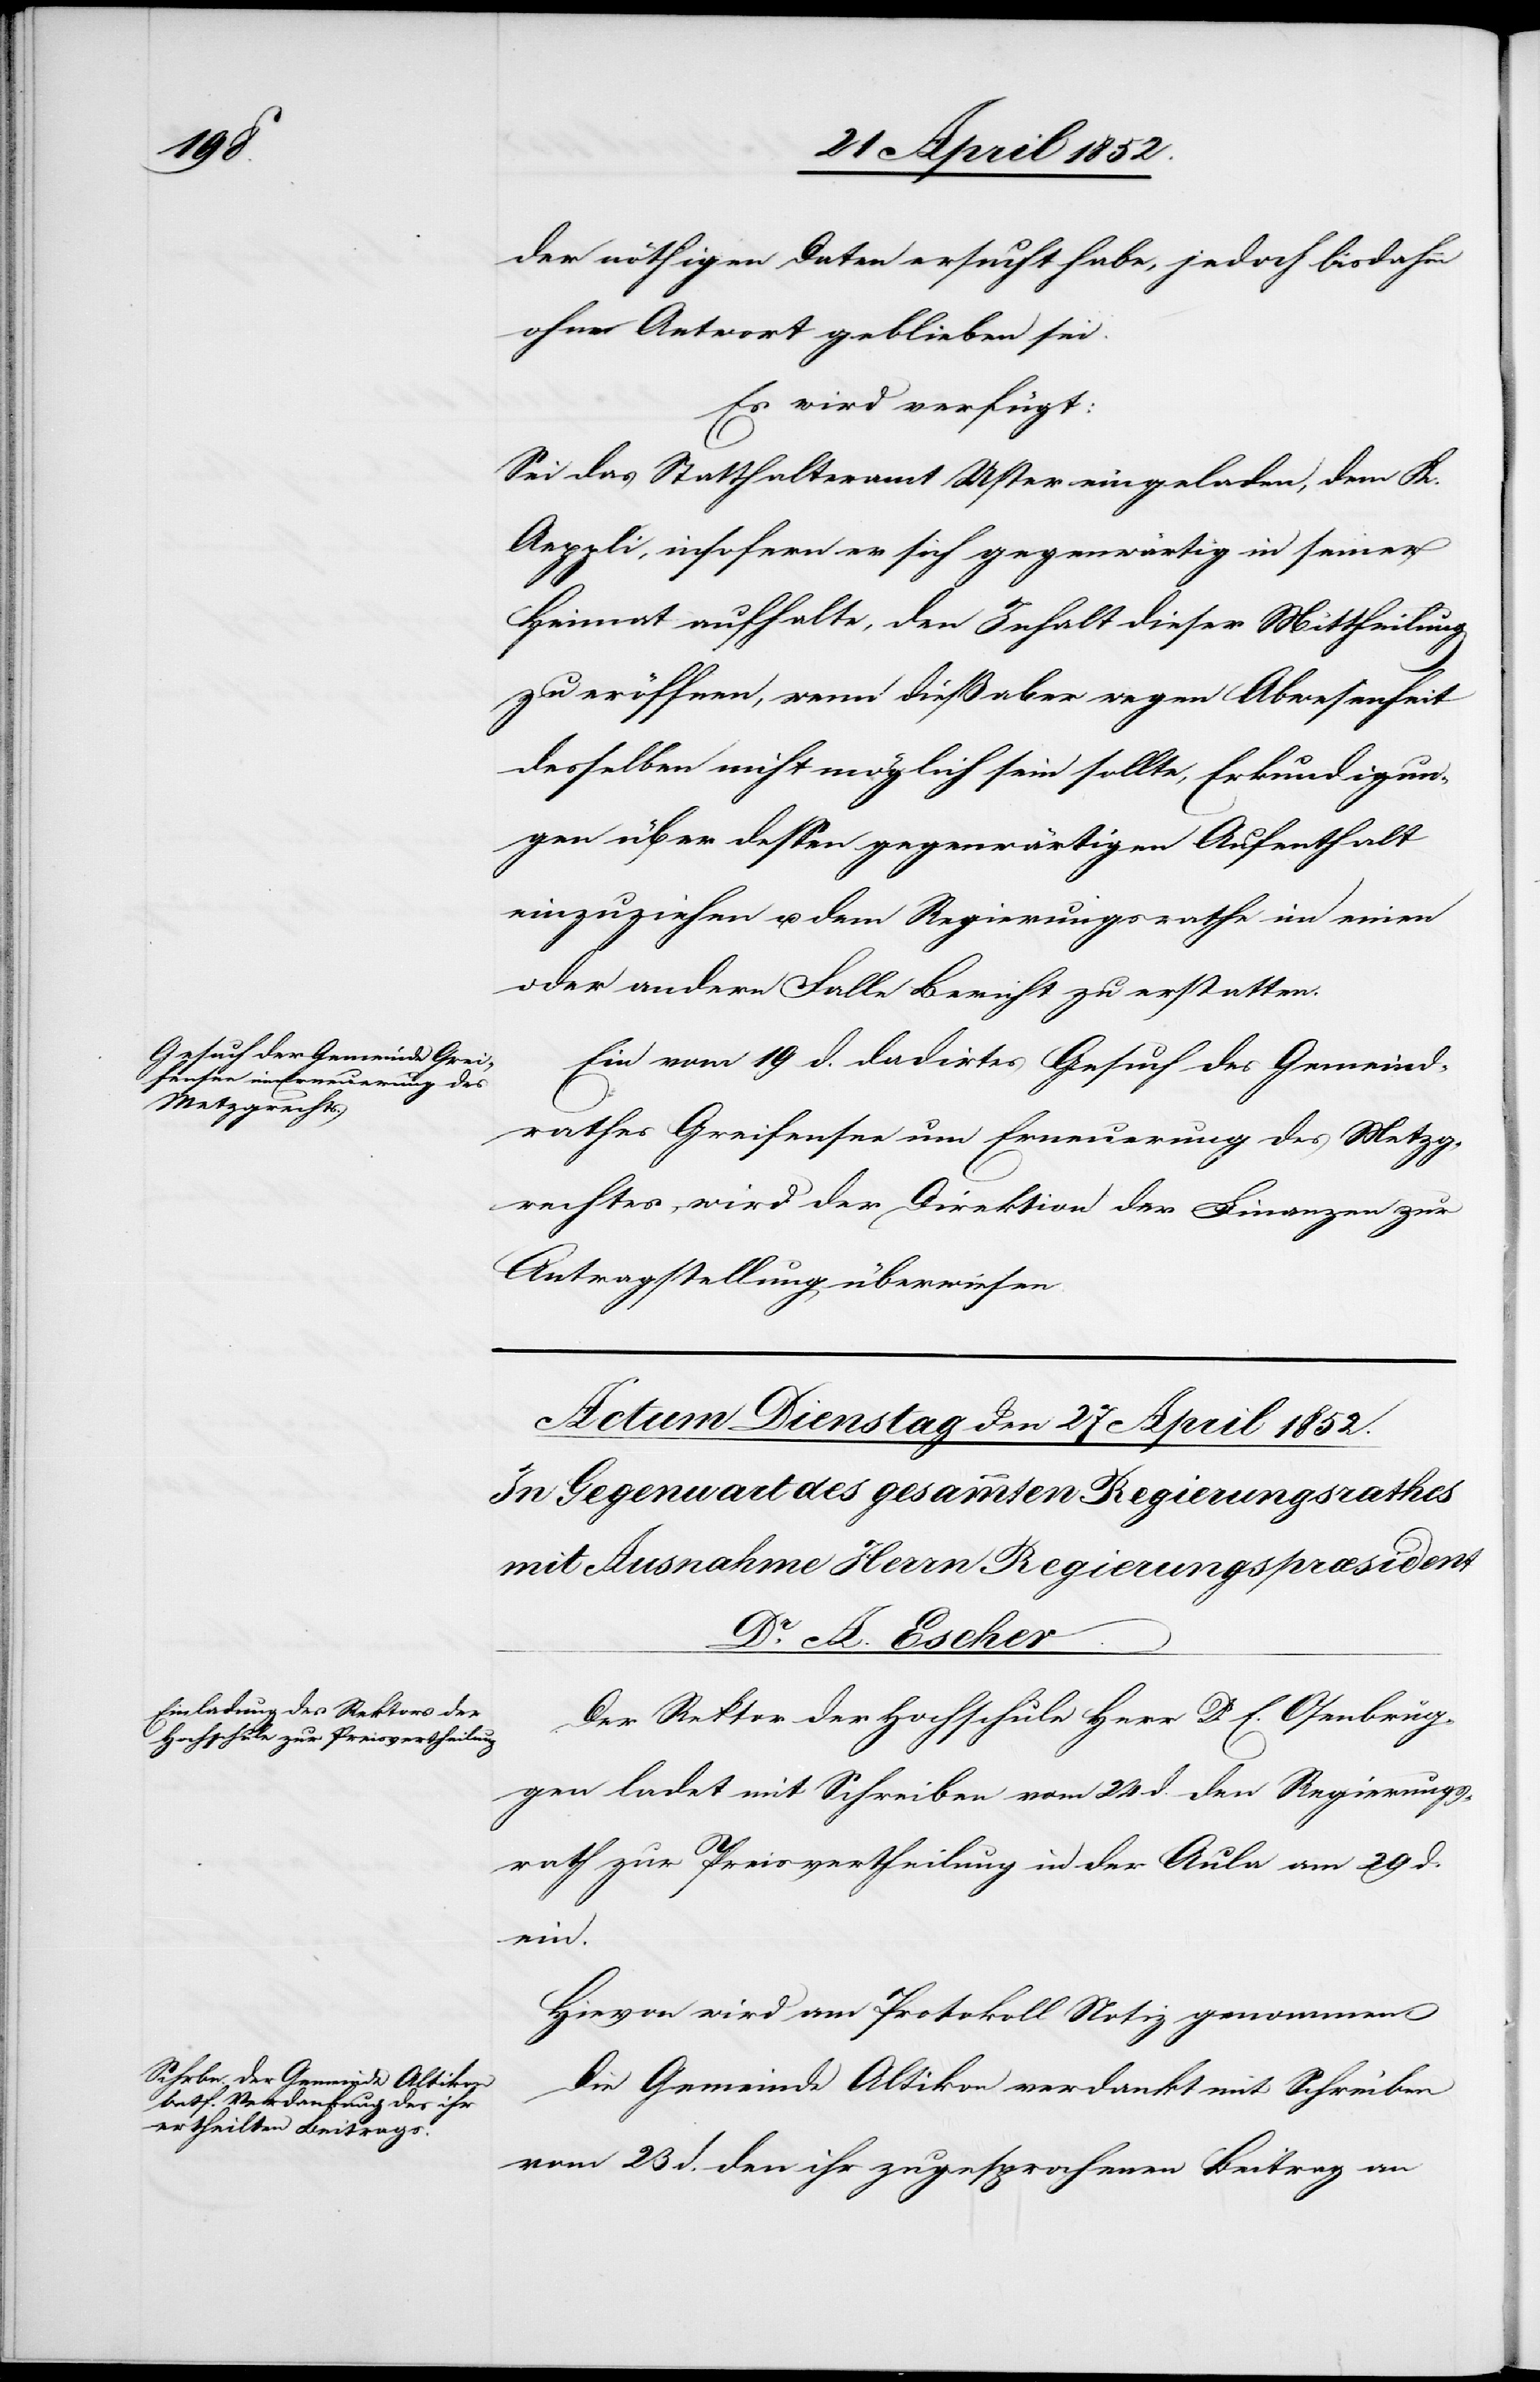
23 April 1852.]
der nöthigen Daten ersucht habe, jedoch bisdahin
ohne Antwort geblieben sei.
Es wird verfügt:
Sei das Statthalteramt Uster eingeladen, dem K.
Aeppli, insofern er sich gegenwärtig in seiner
Heimat aufhalte, den Inhalt dieser Mittheilung
zu eröffnen, wenn dieß aber wegen Abwesenheit
desselben nicht möglich sein sollte, Erkundigun¬
gen über dessen gegenwärtigen Aufenthalt
einzuziehen u. dem Regierungsrathe im einen
oder andern Falle Bericht zu erstatten.
Ein vom 16 d. dadirtes [sic!] Gesuch des Gemeind¬
rathes Greifensee um Erneuerung des Metzg¬
rechtes wird der Direktion der Finanzen zur
Antragstellung überwiesen.
Der Rektor der Hochschule Herr Dr. E. Osenbrüg¬
gen ladet mit Schreiben vom 24 d. den Regierungs¬
rath zur Preisvertheilung in der Aula am 29 d.
ein.
Hievon wird am Protokoll Notiz genommen[.]
Die Gemeinde Altikon verdankt mit Schreiben
vom 23 d. den ihr zugesprochenen Beitrag an